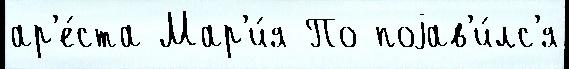
ар'е́ста Мар'и́я По поjав'и́лс'я